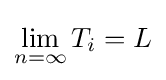
\lim _{n=\infty }T_{i}=L